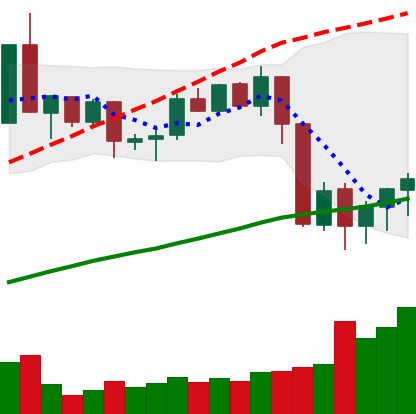
Ticker: XMR-USD
Chart end date: 2020-09-08
Forward return: 6.677%
Label: up_5_7